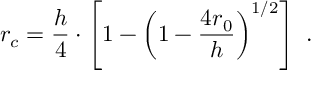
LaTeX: r _ { c } = \frac { h } { 4 } \cdot \left[ 1 - \left( 1 - \frac { 4 r _ { 0 } } { h } \right) ^ { 1 / 2 } \right] ~ .